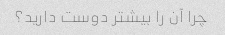
چرا آن را بیشتر دوست دارید؟